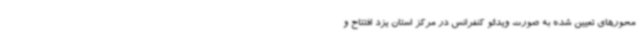
محورهای تعیین شده به صورت ویدئو کنفرانس در مرکز استان یزد افتتاح و